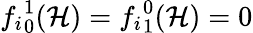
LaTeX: {f_{i}}_{0}^{1}(\mathcal{H})={f_{i}}_{1}^{0}(\mathcal{H})=0